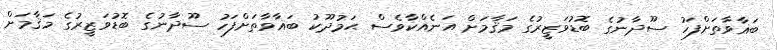
ބަޣާވާތަށްފަހު ސޫދާނުގެ ބޮޑުވަޒީރުގެ މަޤާމަށް އަނެއްކާވެސް ޙަމުދޫކު ބަޣާވާތަށްފަހު ސޫދާނުގެ ބޮޑުވަޒީރުގެ މަޤާމަށް